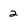
Character: 2